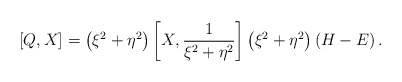
\begin{align*}\left[ Q,X\right] =\left( \xi ^{2}+\eta ^{2}\right) \left[ X,\frac{1}{\xi^{2}+\eta ^{2}}\right] \left( \xi ^{2}+\eta ^{2}\right) \left( H-E\right) .\end{align*}